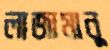
লাজামানু